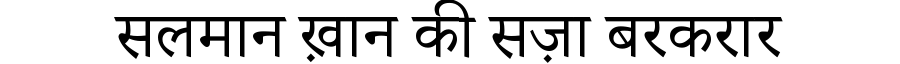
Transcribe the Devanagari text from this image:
सलमान ख़ान की सज़ा बरकरार